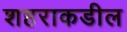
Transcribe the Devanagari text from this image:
शहराकडील